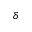
\delta